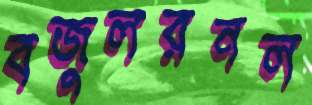
বজুলরনল